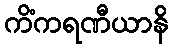
ကိံကရဏီယာနိ